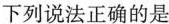
下列说法正确的是